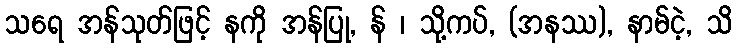
သရေ အန်သုတ်ဖြင့် နကို အန်ပြု, န် ၊ သို့ကပ်, (အနဿ), နာမ်ငဲ့, သိ